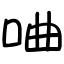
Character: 㖆